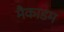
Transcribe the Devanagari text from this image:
मैकाडम